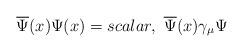
LaTeX: \begin{align*}\overline{\Psi }(x)\Psi (x)=scalar,\,\,\overline{\Psi }(x)\gamma _{\mu }\Psi\end{align*}